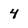
Character: 4